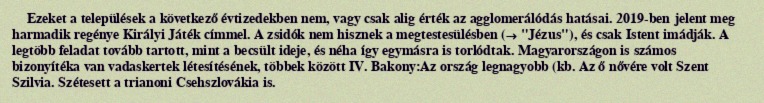
Ezeket a települések a következő évtizedekben nem, vagy csak alig érték az agglomerálódás hatásai. 2019-ben jelent meg harmadik regénye Királyi Játék címmel. A zsidók nem hisznek a megtestesülésben (→ "Jézus"), és csak Istent imádják. A legtöbb feladat tovább tartott, mint a becsült ideje, és néha így egymásra is torlódtak. Magyarországon is számos bizonyítéka van vadaskertek létesítésének, többek között IV. Bakony:Az ország legnagyobb (kb. Az ő nővére volt Szent Szilvia. Szétesett a trianoni Csehszlovákia is.